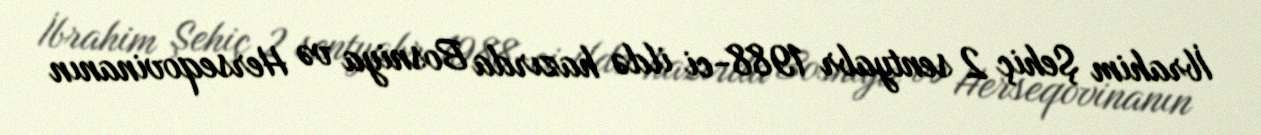
İbrahim Şehiç 2 sentyabr 1988-ci ildə hazırda Bosniya və Herseqovinanın